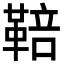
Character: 鞛